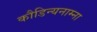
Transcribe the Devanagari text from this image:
कौडिन्यनाम्ना